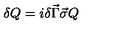
\delta Q = i \delta \vec { \Gamma } \vec { \sigma } Q